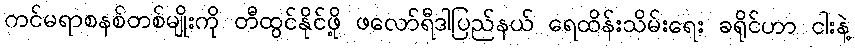
ကင်မရာစနစ်တစ်မျိုးကို တီထွင်နိုင်ဖို့ ဖလော်ရီဒါပြည်နယ် ရေထိန်းသိမ်းရေး ခရိုင်ဟာ ငါးနဲ့